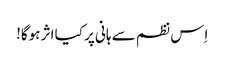
اِس نظم سے ہانی پر کیا اثر ہوگا!